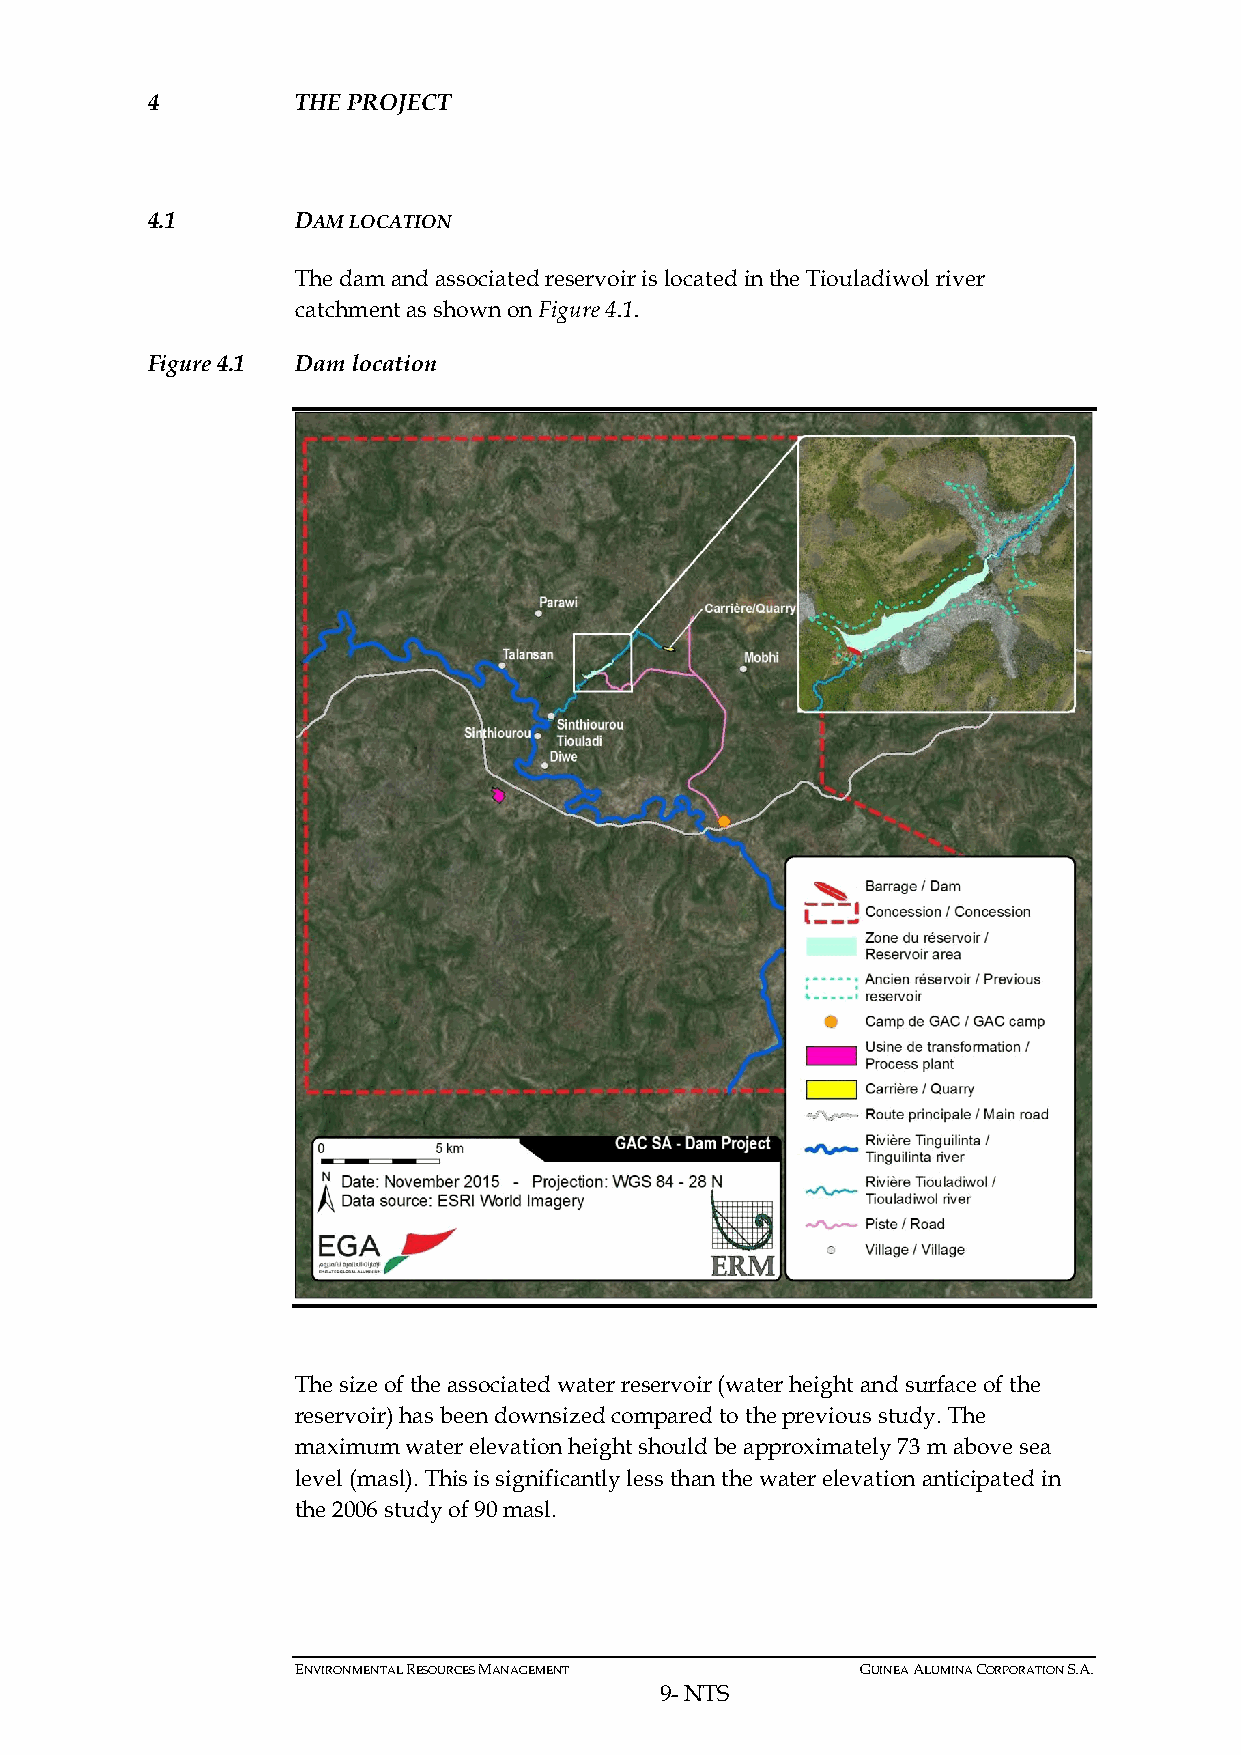
4         THE PROJECT
 4.1       DAM LOCATION
 The dam and associated reservoir is located in the Tiouladiwol river
 catchment as shown on Figure 4.1.
 Figure 4.1 Dam location
 The size of the associated water reservoir (water height and surface of the
 reservoir) has been downsized compared to the previous study. The
 maximum water elevation height should be approximately 73 m above sea
 level (masl). This is significantly less than the water elevation anticipated in
 the 2006 study of 90 masl.
 ENVIRONMENTAL RESOURCES MANAGEMENT   GUINEA ALUMINA CORPORATION S.A.
 9- NTS